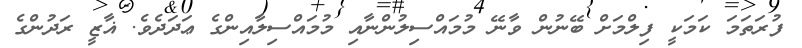
ފުރަތަމަ ކަމަކީ ފިލްމަށް ބޭނުން ވާނޭ މުމައްސިލުންނާއި މުމައްސިލާއިންގެ ޢަދަދެވެ. ޣާޒީ ރަދުންގެ